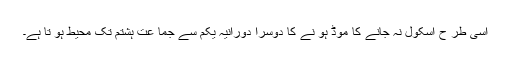
اسی طر ح اسکول نہ جانے کا موڈ ہو نے کا دوسرا دورانیہ یکم سے جما عت ہشتم تک محیط ہو تا ہے۔